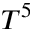
T ^ { 5 }